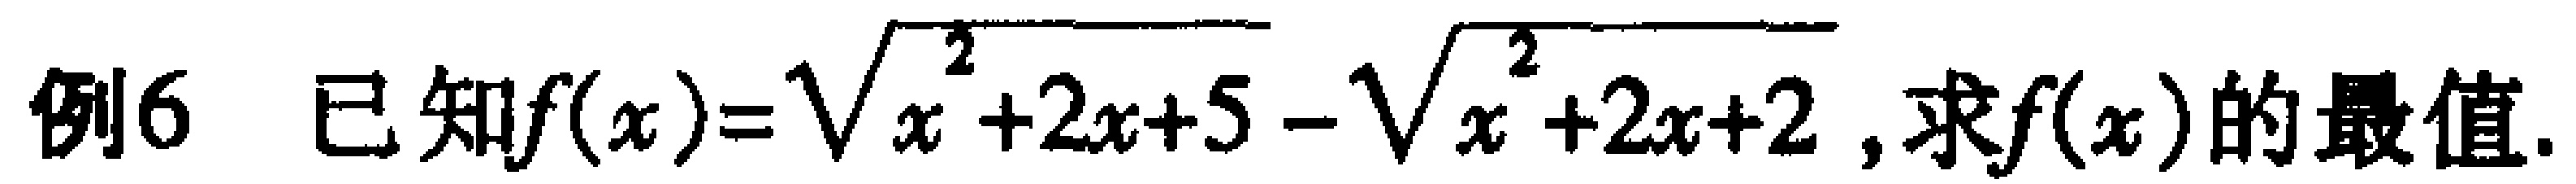
例6 已知$f(x)=\sqrt{x^{2}+2x + 5}-\sqrt{x^{2}+2x + 2}$, 求$f(x)$的最值.